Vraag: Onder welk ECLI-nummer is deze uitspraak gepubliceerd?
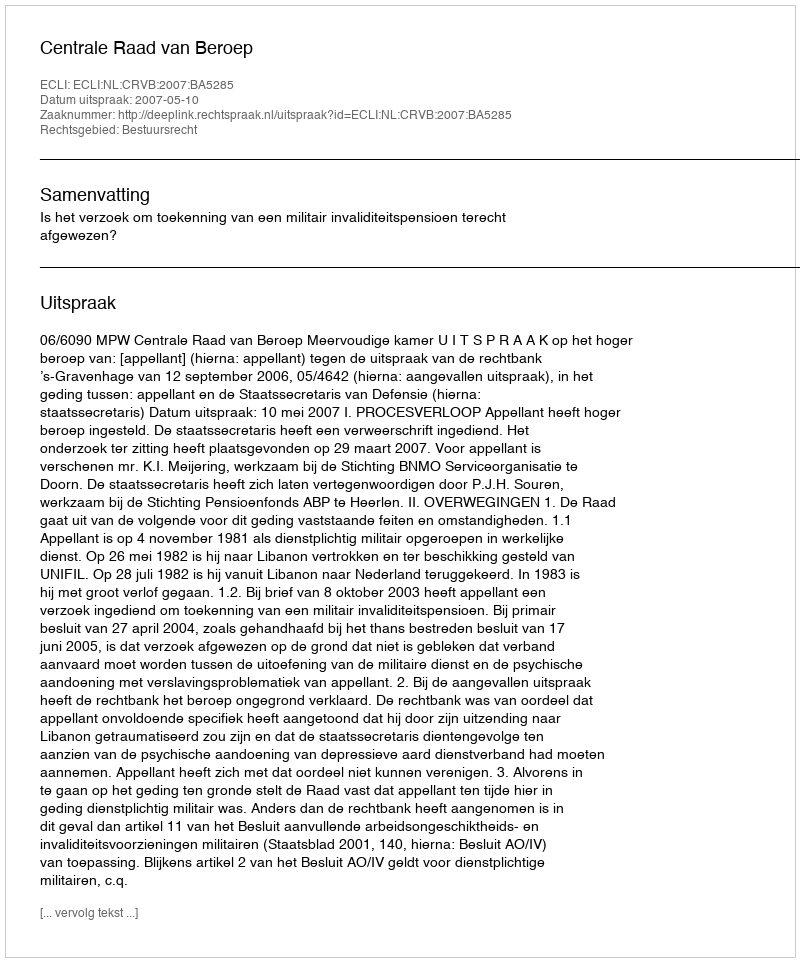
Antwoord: ECLI:NL:CRVB:2007:BA5285